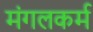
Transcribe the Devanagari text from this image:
मंगलकर्म